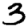
Digit: 3